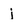
Character: j